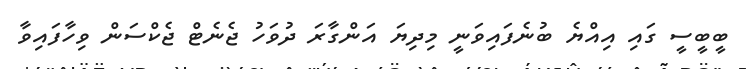
ބީބީސީ ގައި އިއްޔެ ބުނެފައިވަނީ މިދިޔަ އަންގާރަ ދުވަހު ޖެނެޓް ޖެކްސަން ވިހާފައިވާ